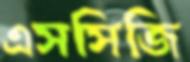
এসসিজি